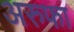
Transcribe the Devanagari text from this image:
अरुफा